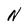
Character: N